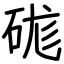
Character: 硥